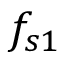
f _ { s 1 }